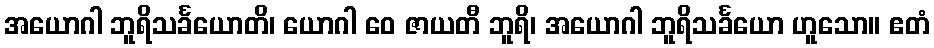
အယောဂါ ဘူရိသင်္ခယောတိ၊ ယောဂါ ဝေ ဇာယတီ ဘူရိ၊ အယောဂါ ဘူရိသင်္ခယော ဟူသော။ ဧတံ